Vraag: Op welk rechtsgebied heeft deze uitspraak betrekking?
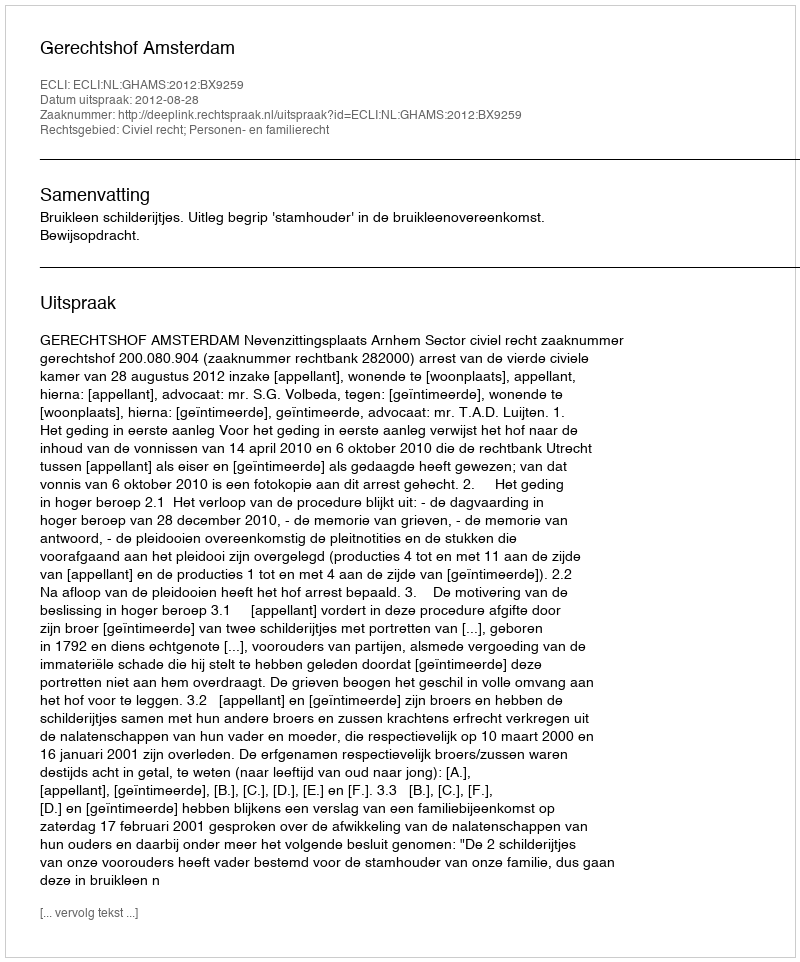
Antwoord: Civiel recht; Personen- en familierecht